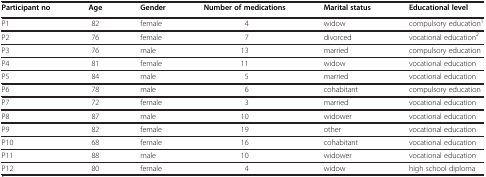
<table><thead><tr><td><b>Participant no</b></td><td><b>Age</b></td><td><b>Gender</b></td><td><b>Number of medications</b></td><td><b>Marital status</b></td><td><b>Educational level</b></td></tr></thead><tbody><tr><td>P1</td><td>82</td><td>female</td><td>4</td><td>widow</td><td>compulsory education<sup>1</sup></td></tr><tr><td>P2</td><td>76</td><td>female</td><td>7</td><td>divorced</td><td>vocational education<sup>2</sup></td></tr><tr><td>P3</td><td>76</td><td>male</td><td>13</td><td>married</td><td>compulsory education</td></tr><tr><td>P4</td><td>81</td><td>female</td><td>11</td><td>widow</td><td>vocational education</td></tr><tr><td>P5</td><td>84</td><td>male</td><td>5</td><td>married</td><td>vocational education</td></tr><tr><td>P6</td><td>78</td><td>male</td><td>6</td><td>cohabitant</td><td>compulsory education</td></tr><tr><td>P7</td><td>72</td><td>female</td><td>3</td><td>married</td><td>vocational education</td></tr><tr><td>P8</td><td>87</td><td>male</td><td>10</td><td>widower</td><td>vocational education</td></tr><tr><td>P9</td><td>82</td><td>female</td><td>19</td><td>other</td><td>vocational education</td></tr><tr><td>P10</td><td>68</td><td>female</td><td>16</td><td>cohabitant</td><td>vocational education</td></tr><tr><td>P11</td><td>88</td><td>male</td><td>10</td><td>widower</td><td>vocational education</td></tr><tr><td>P12</td><td>80</td><td>female</td><td>4</td><td>widow</td><td>high school diploma</td></tr></tbody></table>